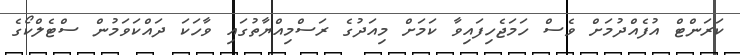
ކަރަންޓް އުފެއްދުމަށް ވެސް ހަމަޖެހިފައިވާ ކަމަށް މިއަދުގެ ރަސްމިއްޔާތުގައި ވާހަކަ ދައްކަވަމުން ސްޓެލްކޯގެ